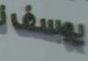
يوسف